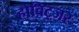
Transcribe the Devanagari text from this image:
होविट्जर